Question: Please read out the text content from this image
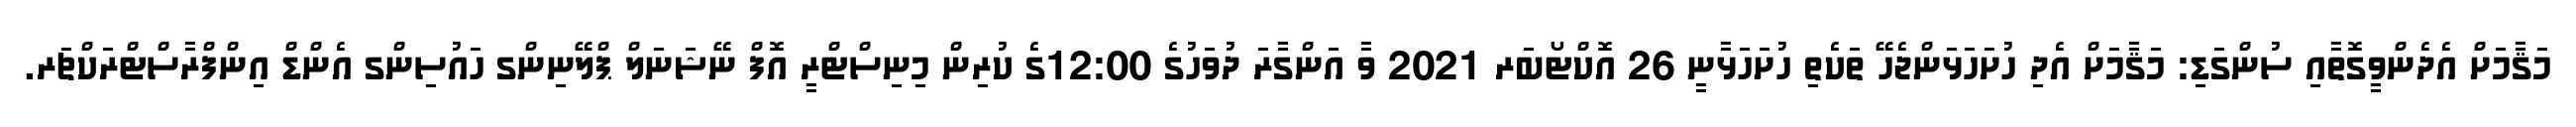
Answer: މަޤާމަށް އެދެންވީގޮތާއި ސުންގަޑި: މަޤާމަށް އެދި ހުށަހަޅަންޖެހޭ ތަކެތި ހުށަހަޅާނީ 26 އޮކްޓޯބަރ 2021 ވާ އަންގާރަ ދުވަހުގެ 12:00ގެ ކުރިން މިނިސްޓްރީ އޮފް ނޭޝަނަލް ޕްލޭނިންގ ހައުސިންގ އެންޑް އިންފްރާސްޓްރަކްޗަރ.